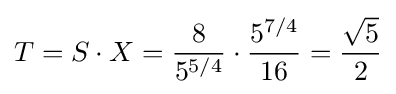
T=S\cdot X={\frac {8}{5^{5/4}}}\cdot {\frac {5^{7/4}}{16}}={\frac {\sqrt {5}}{2}}